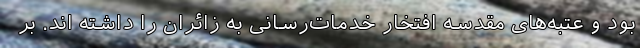
بود و عتبه‌های مقدسه افتخار خدمات‌رسانی به زائران را داشته اند. بر